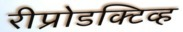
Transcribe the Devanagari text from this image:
रीप्रोडक्टिव्ह